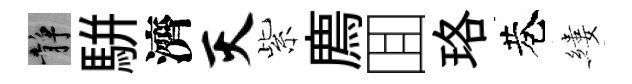
静駢濟灭紫廌囬珞巷縷